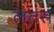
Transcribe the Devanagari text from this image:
लतस